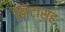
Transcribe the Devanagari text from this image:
झिंटासह